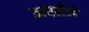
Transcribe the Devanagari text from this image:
आयलँडचे